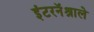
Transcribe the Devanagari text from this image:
इंटरनॅश्नाले